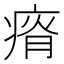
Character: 𰣰